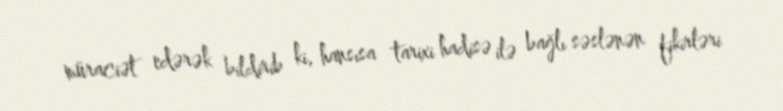
müraciət edərək bildirib ki, hansısa tarixi hadisə ilə bağlı səslənən fikirləri